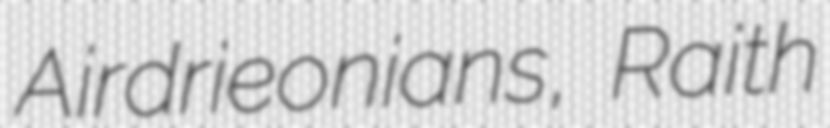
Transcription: Airdrieonians, Raith